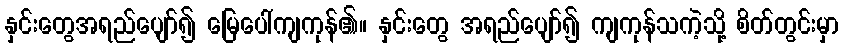
နှင်းတွေအရည်ပျော်၍ မြေပေါ်ကျကုန်၏။ နှင်းတွေ အရည်ပျော်၍ ကျကုန်သကဲ့သို့ စိတ်တွင်းမှာ